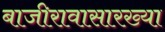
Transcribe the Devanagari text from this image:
बाजीरावासारख्या